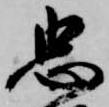
忠